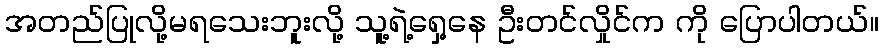
အတည်ပြုလို့မရသေးဘူးလို့ သူ့ရဲ့ရှေ့နေ ဦးတင်လှိုင်က ကို ပြောပါတယ်။